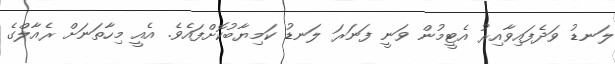
ލަނޑު ވަދެފައިވާއިރު އެޓީމުން ވަނީ ފަނަރަ ލަނޑު ކަމިޔާބުކޮށްފައެެވެ. އެއީ މިހާތަނަށް ރެއާލްގެ